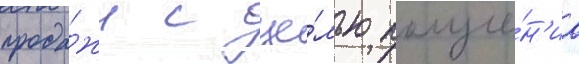
прода́жи с це́лью получе́н'иа